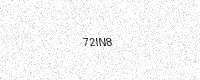
Text: 72IN8